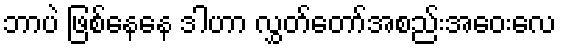
ဘာပဲ ဖြစ်နေနေ ဒါဟာ လွှတ်တော်အစည်းအဝေးလေ